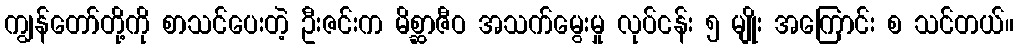
ကျွန်တော်တို့ကို စာသင်ပေးတဲ့ ဦးဇင်းက မိစ္ဆာဇီဝ အသက်မွေးမှု လုပ်ငန်း ၅ မျိုး အကြောင်း စ သင်တယ်။